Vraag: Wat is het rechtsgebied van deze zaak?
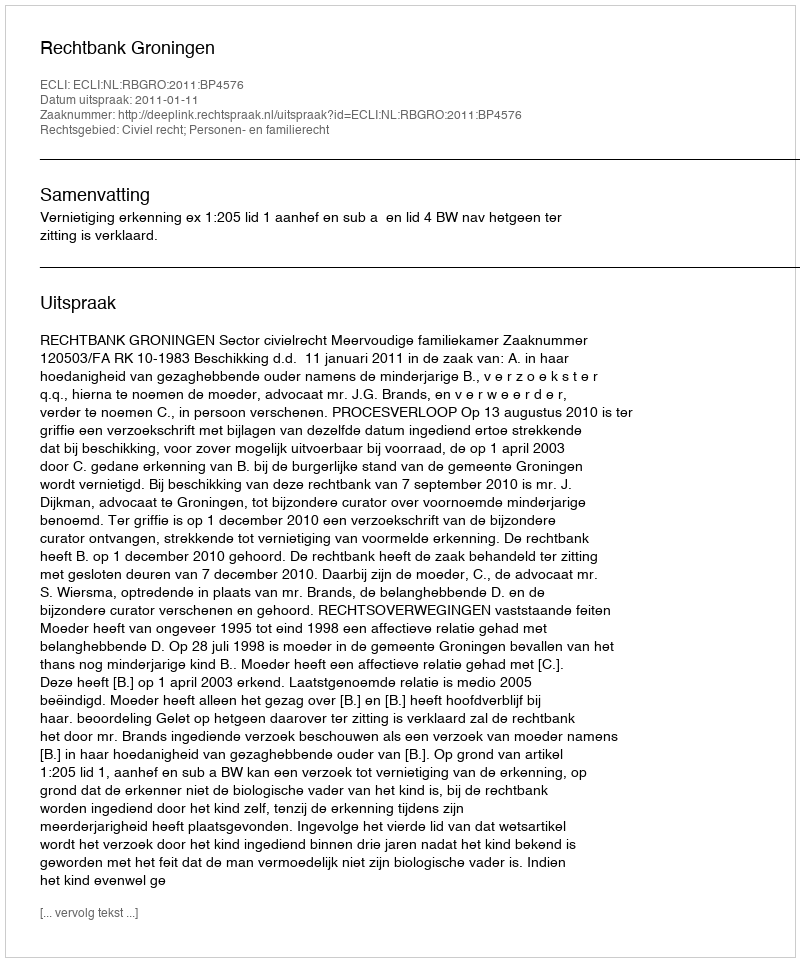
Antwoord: Civiel recht; Personen- en familierecht